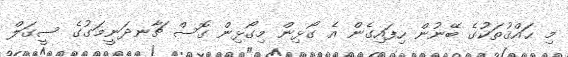
މި ޙައްޤުތަކުގެ ބޭނުން ހިފައިގެން އެ ގޯޅިން މިގޯޅިން ގޮސް ޗާނދަނީމަގުގެ ސީގަލް